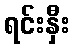
ရင်းနှီး